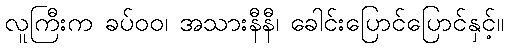
လူကြီးက ခပ်ဝဝ၊ အသားနီနီ၊ ခေါင်းပြောင်ပြောင်နှင့်။